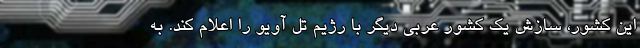
این کشور، سازش یک کشور عربی دیگر با رژیم تل آویو را اعلام کند. به